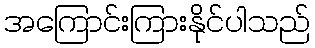
အကြောင်းကြားနိုင်ပါသည်